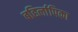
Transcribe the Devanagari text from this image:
बहिर्लापिका